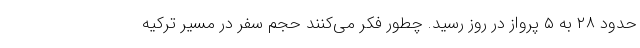
حدود ۲۸ به ۵ پرواز در روز رسید. چطور فکر می‌کنند حجم سفر در مسیر ترکیه